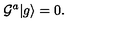
{ \cal G } ^ { a } | g \rangle = 0 .